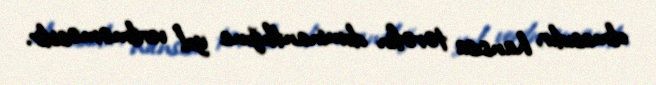
olmasıdır, hansısa tərəfin dominantlığına yol verilməməsidir.